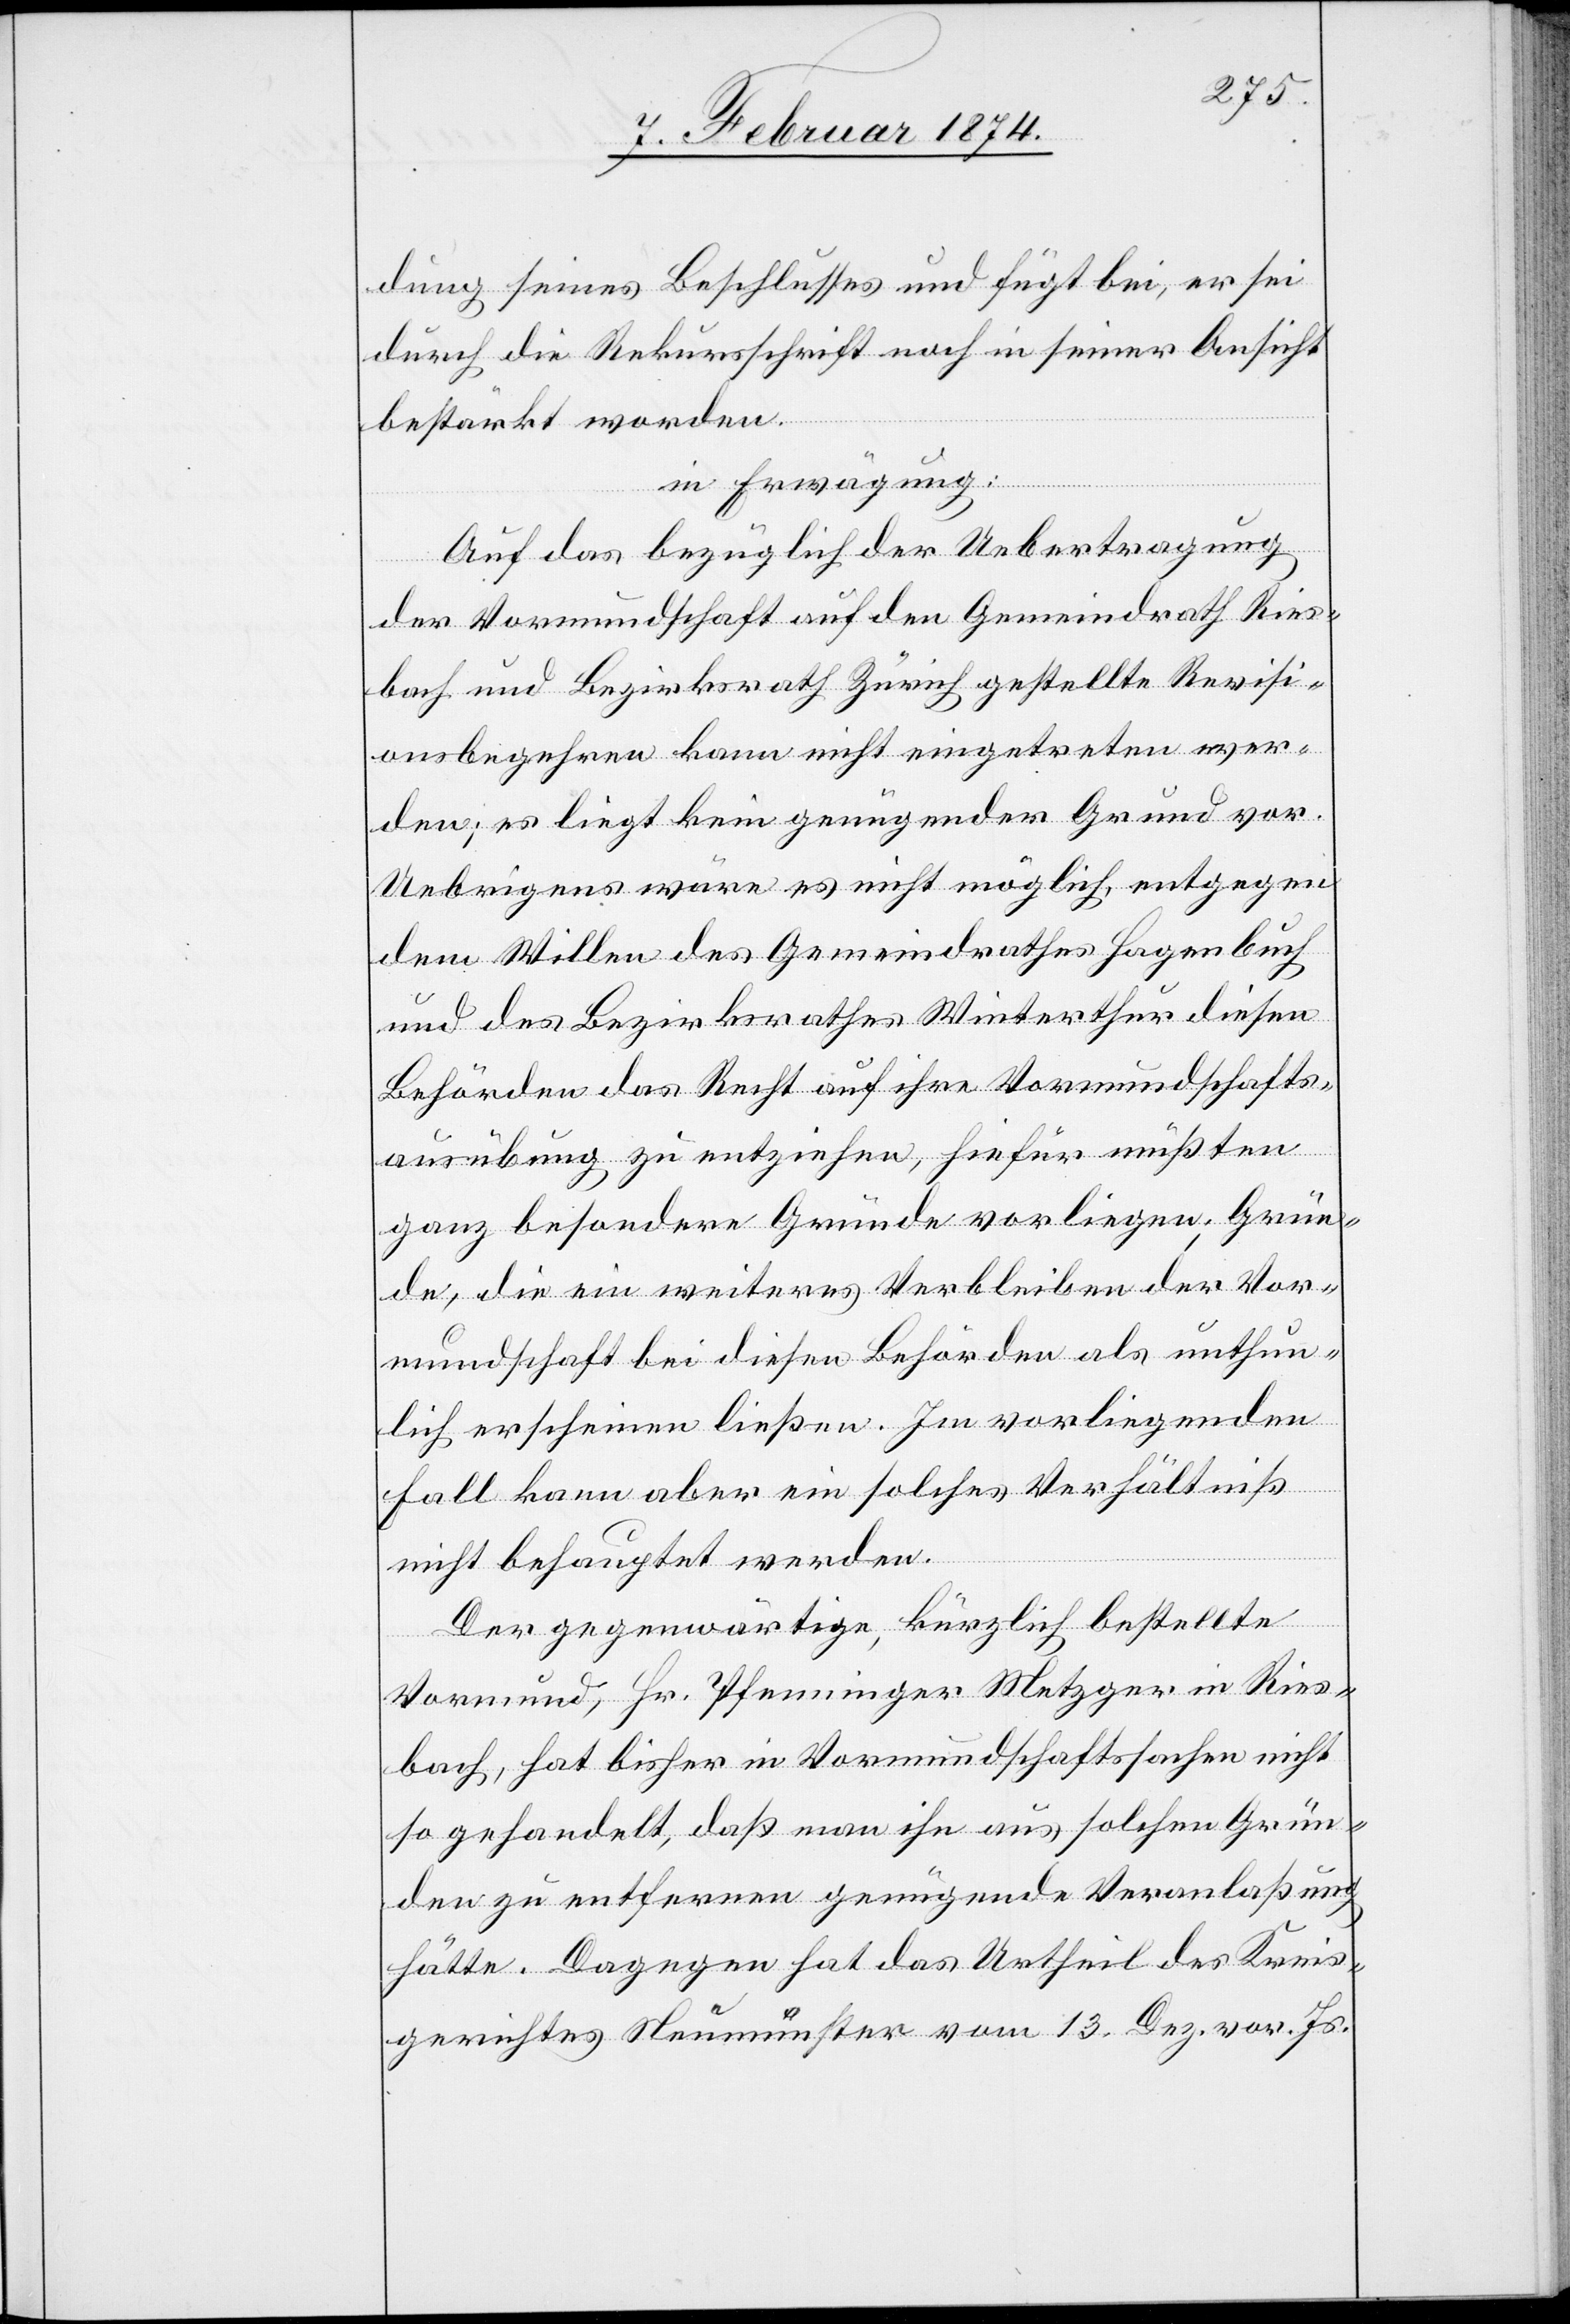
dung seines Beschlusses und fügt bei, er sei
durch die Rekursschrift noch in seiner Ansicht
bestärkt worden.
in Erwägung:
Auf das bezüglich der Uebertragung
der Vormundschaft auf den Gemeindrath Ries¬
bach und Bezirksrath Zürich gestellte Revisi¬
onsbegehren kann nicht eingetreten wer¬
den; es liegt kein genügender Grund vor.
Uebrigens wäre es nicht möglich, entgegen
dem Willen des Gemeindrathes Hagenbuch
und des Bezirksrathes Winterthur diesen
Behörden das Recht auf ihre Vormundschafts¬
ausübung zu entziehen, hiefür müßten
ganz besondere Gründe vorliegen; Grün¬
de, die ein weiteres Verbleiben der Vor¬
mundschaft bei diesen Behörden als unthun¬
lich erschienen ließen. Im vorliegenden
Fall kann aber ein solches Verhältniß
nicht behauptet werden.
Der gegenwärtige, kürzlich bestellte
Vormund, Hr. Pfenninger Metzger in Ries¬
bach, hat bisher in Vormundschaftssachen nicht
so gehandelt, daß man ihn aus solchen Grün¬
den zu entfernen genügende Veranlaßung
hätte. Dagegen hat das Urtheil des Kreis¬
gerichtes Neumünster vom 13. Dez. vor. Js.